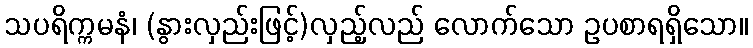
သပရိက္ကမနံ၊ (နွားလှည်းဖြင့်)လှည့်လည် လောက်သော ဥပစာရရှိသော။